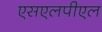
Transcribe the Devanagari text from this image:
एसएलपीएल